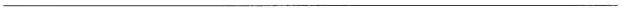
___